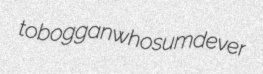
toboggan whosumdever